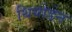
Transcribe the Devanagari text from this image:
थियोडेन